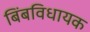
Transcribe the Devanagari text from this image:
बिंबविधायक